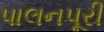
પાલનપૂરી